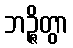
ဘဉ္ဇိတွာ